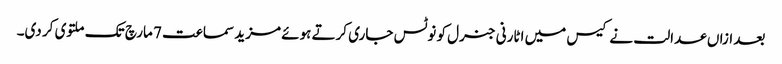
بعد ازاں عدالت نے کیس میں اٹارنی جنرل کو نوٹس جاری کرتے ہوئے مزید سماعت 7 مارچ تک ملتوی کر دی۔